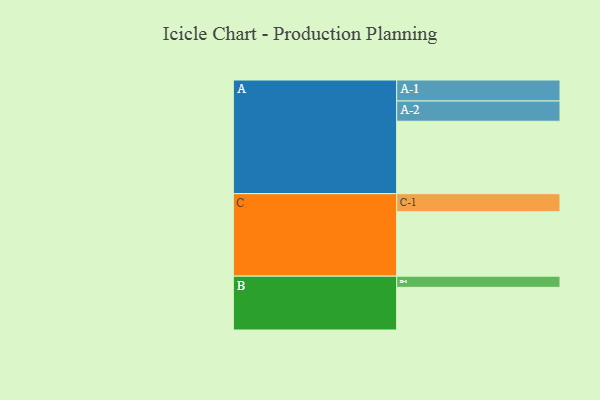
{"axis": {"x": "Segment", "y": "Value"}, "legend": ["", "A", "B", "C"], "data": [{"x": "A", "y": 569, "type": ""}, {"x": "B", "y": 335, "type": ""}, {"x": "C", "y": 506, "type": ""}, {"x": "A-1", "y": 165, "type": "A"}, {"x": "A-2", "y": 159, "type": "A"}, {"x": "B-1", "y": 88, "type": "B"}, {"x": "C-1", "y": 142, "type": "C"}]}